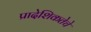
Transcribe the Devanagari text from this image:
प्रादेशिकतेचे